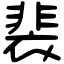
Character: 裴